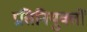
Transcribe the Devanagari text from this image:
प्रतिनियुक्तों